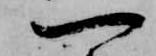
一